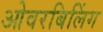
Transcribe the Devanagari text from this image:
ओवरबिलिंग